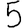
Digit: 5